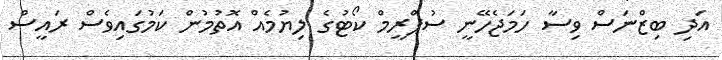
އަދި ބިޒްނަސް ވިސާ ހަމަޖެހޭނީ ސުޕްރީމް ކޯޓުގެ ލިޔުމެއް އޮތުމުން ކަމުގައިވެސް ރައީސް